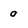
Character: 9